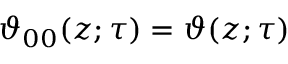
\vartheta _ { 0 0 } ( z ; \tau ) = \vartheta ( z ; \tau )